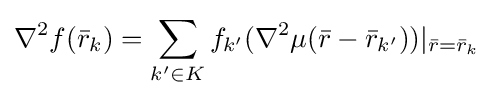
\nabla ^{2}f({\bar {r}}_{k})=\sum _{k'\in K}f_{k'}(\nabla ^{2}\mu ({\bar {r}}-{\bar {r}}_{k'}))|_{{\bar {r}}={\bar {r}}_{k}}